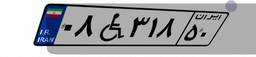
۱۴W۴۹۴۱۵